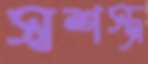
স্বশস্ত্র